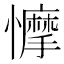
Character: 𢣾